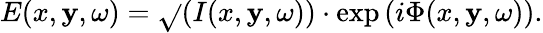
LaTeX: E(x,\mathbf{y},\omega)=\sqrt{}{{(I(x,\mathbf{y},\omega))}}\cdot\exp{\left(i\Phi(x,\mathbf{y},\omega)\right)}.